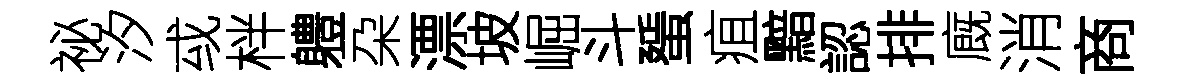
祕汐㦯柈軆朶漂坡崛斗蜑疽黯認排廐消商